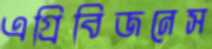
এগ্রিবিজনেস